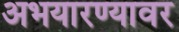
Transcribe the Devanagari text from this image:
अभयारण्यावर